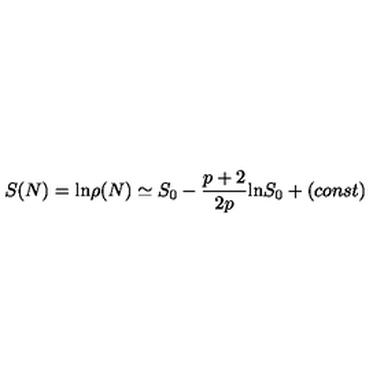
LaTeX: S ( N ) = \mathrm { l n } \rho ( N ) \simeq S _ { 0 } - \frac { p + 2 } { 2 p } \mathrm { l n } S _ { 0 } + ( c o n s t )